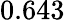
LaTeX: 0.643